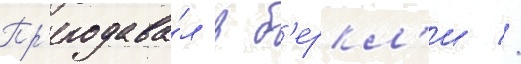
Пр'еподава́л в б'еркл'и //